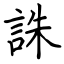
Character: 誅